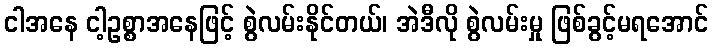
ငါအနေ ငါ့ဥစ္စာအနေဖြင့် စွဲလမ်းနိုင်တယ်၊ အဲဒီလို စွဲလမ်းမှု ဖြစ်ခွင့်မရအောင်